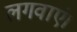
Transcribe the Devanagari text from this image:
लगवाएं।